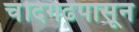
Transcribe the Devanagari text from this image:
चंदिगढपासून